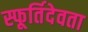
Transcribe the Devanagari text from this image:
स्फूर्तिदेवता